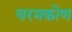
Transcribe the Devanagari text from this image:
चरमकोण